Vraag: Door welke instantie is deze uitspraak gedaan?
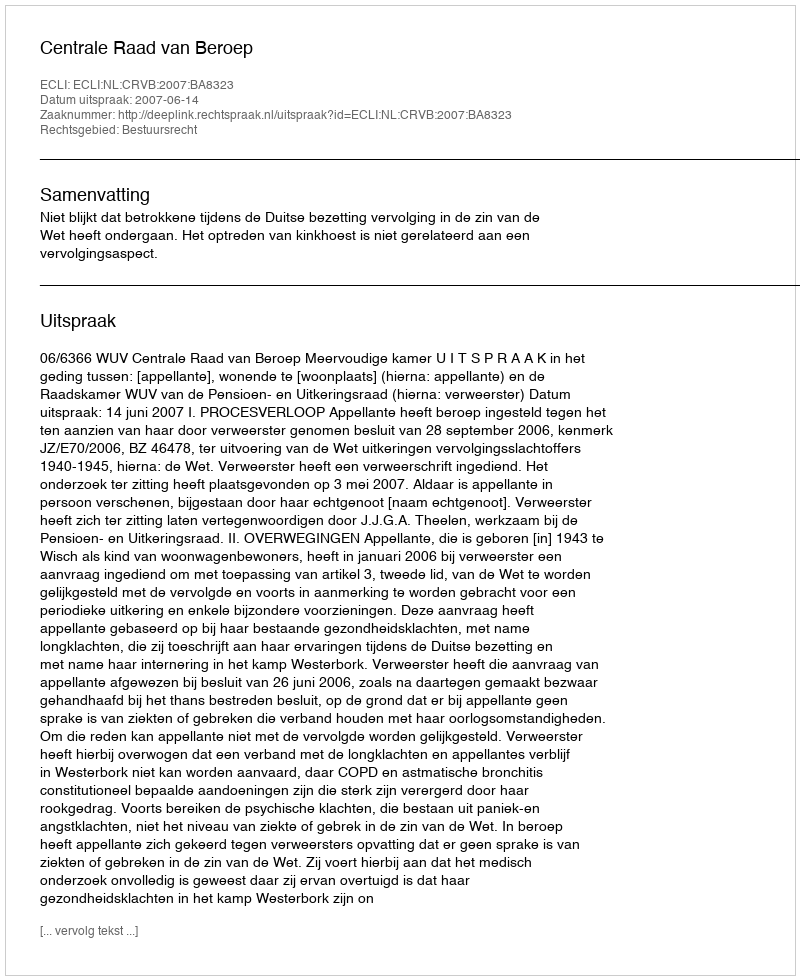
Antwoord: Centrale Raad van Beroep